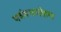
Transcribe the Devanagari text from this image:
पर्ववतारोहण